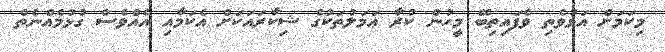
މިކަމަށް އަޅުވެތި ވެފައިތިބޭ މީހުން ކުރާ ޢަމަލުތަކުގެ ޝިކާރައަކަށް އެކަމާއި އެއްވެސް ގުޅުމެއްނެތް